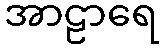
အာဠာရေ